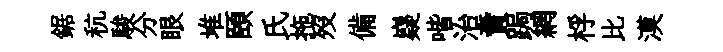
鋸秔駿分眼堆頤氏拖歿備嶷喈治賣跼網桴比漠